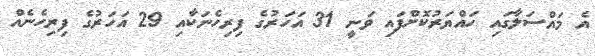
އެ މައްސަލާގައި ހައްޔަރުކޮށްފައި ވަނީ 31 އަހަރުގެ ފިރިހެނަކާއި 29 އަހަރުގެ ފިރިހެނެއް